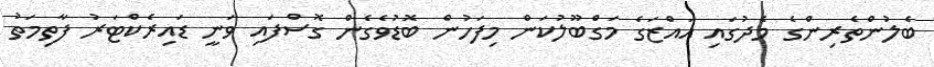
ބެލުންތެރިންގެ މެދުގައި އައްޒަގެ މަގްބޫލުކަން މިފަހުން ބޮޑުވެގެން ގޮސްފައި ވަނީ ޑައިރެކްޓަރު ފާތިމަތު